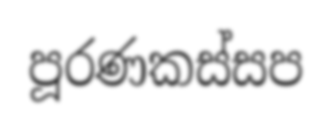
පූරණකස්සප